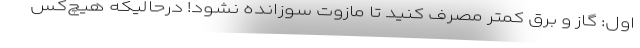
اول: گاز و برق کمتر مصرف کنید تا مازوت سوزانده نشود! درحالیکه هیچ‌کس